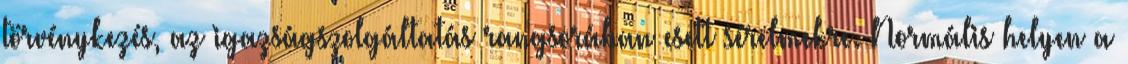
törvénykezés, az igazságszolgáltatás rangsorában esett sérelmekre. Normális helyen a